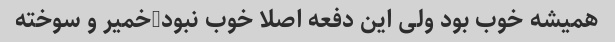
همیشه خوب بود ولی این دفعه اصلا خوب نبود-خمیر و سوخته